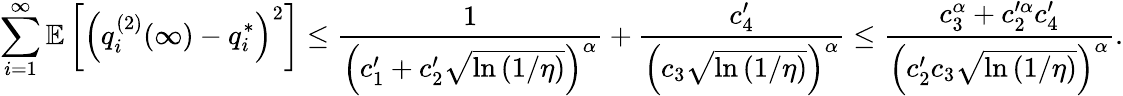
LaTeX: \sum_{i=1}^{\infty}\mathbb{E}\left[\left(q_{i}^{(2)}(\infty)-q_{i}^{*}\right)^{2}\right]\leq\frac{1}{\left(c_{1}^{\prime}+c_{2}^{\prime}\sqrt{\ln\left(1/\eta\right)}\right)^{\alpha}}+\frac{c_{4}^{\prime}}{\left(c_{3}\sqrt{\ln\left(1/\eta\right)}\right)^{\alpha}}\leq\frac{c_{3}^{\alpha}+c_{2}^{\prime\alpha}c_{4}^{\prime}}{\left(c_{2}^{\prime}c_{3}\sqrt{\ln\left(1/\eta\right)}\right)^{\alpha}}.